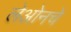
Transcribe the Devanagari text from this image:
लेओनचे